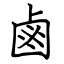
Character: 鹵